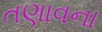
તણાવના